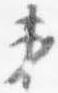
第